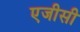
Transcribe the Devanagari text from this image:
एजीसी